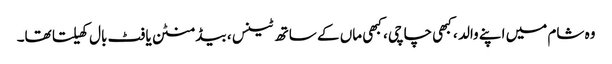
وہ شام میں اپنے والد ، کبھی چاچی ، کبھی ماں کے ساتھ ٹینس ، بیڈ منٹن یا فٹ بال کھیلتا تھا۔